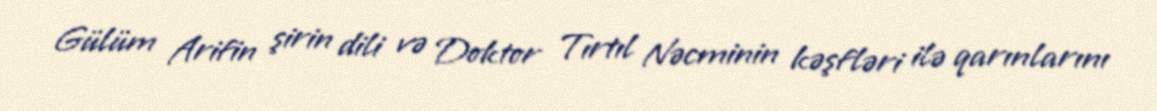
Gülüm Arifin şirin dili və Doktor Tırtıl Nəcminin kəşfləri ilə qarınlarını